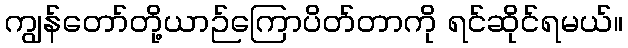
ကျွန်တော်တို့ယာဉ်ကြောပိတ်တာကို ရင်ဆိုင်ရမယ်။